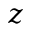
z